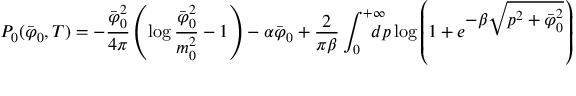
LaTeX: { \cal P } _ { 0 } ( \bar { \varphi } _ { 0 } , T ) = - { \frac { \bar { \varphi } _ { 0 } ^ { 2 } } { 4 \pi } } \left( \log { \frac { \bar { \varphi } _ { 0 } ^ { 2 } } { m _ { 0 } ^ { 2 } } } - 1 \right) - \alpha \bar { \varphi } _ { 0 } + { \frac { 2 } { \pi \beta } } \int _ { 0 } ^ { + \infty } \! \! \! \! \! \! { d p } \log \left( 1 + e ^ { \displaystyle - \beta \sqrt { p ^ { 2 } + \bar { \varphi } _ { 0 } ^ { 2 } } } \right)